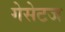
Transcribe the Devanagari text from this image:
गेसेटज